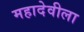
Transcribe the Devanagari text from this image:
महादेवीला